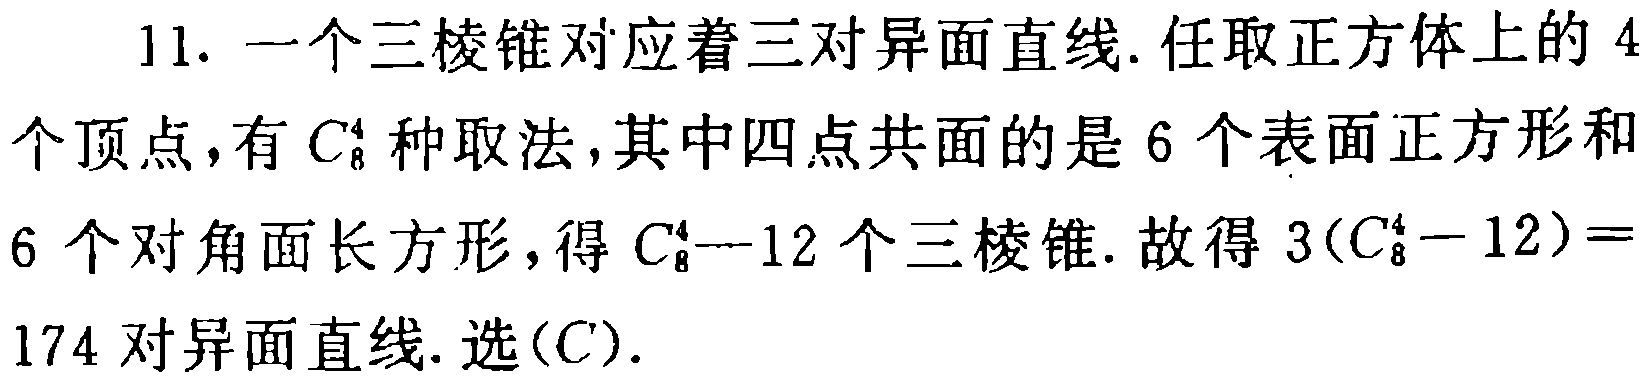
11. 一个三棱锥对应着三对异面直线. 任取正方体上的 4个顶点，有\(C_{8}^{4}\)种取法，其中四点共面的是 6 个表面正方形和6 个对角面长方形，得\(C_{8}^{4}-12\)个三棱锥. 故得\(3(C_{8}^{4}-12)=174\)对异面直线. 选\((C)\).